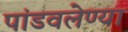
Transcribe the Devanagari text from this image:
पांडवलेण्या